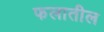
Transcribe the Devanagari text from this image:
फलातील